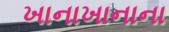
ખાનાખાનાના